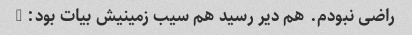
راضی نبودم. هم دیر رسید هم سیب زمینیش بیات بود: -